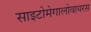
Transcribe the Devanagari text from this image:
साइटोमेगालोवायरस